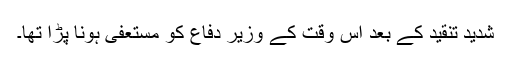
شدید تنقید کے بعد اس وقت کے وزیر دفاع کو مستعفی ہونا پڑا تھا۔